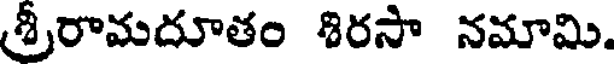
శ్రీరామదూతం శిరసా నమామి.